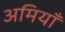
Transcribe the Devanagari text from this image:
अमियाँ